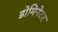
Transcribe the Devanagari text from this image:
डोमिनेटर